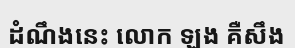
ដំណឹងនេះ លោក ឡង គឺសឹង